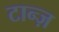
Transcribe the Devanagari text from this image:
टान्ज़